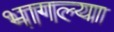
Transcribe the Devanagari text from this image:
भागल्या